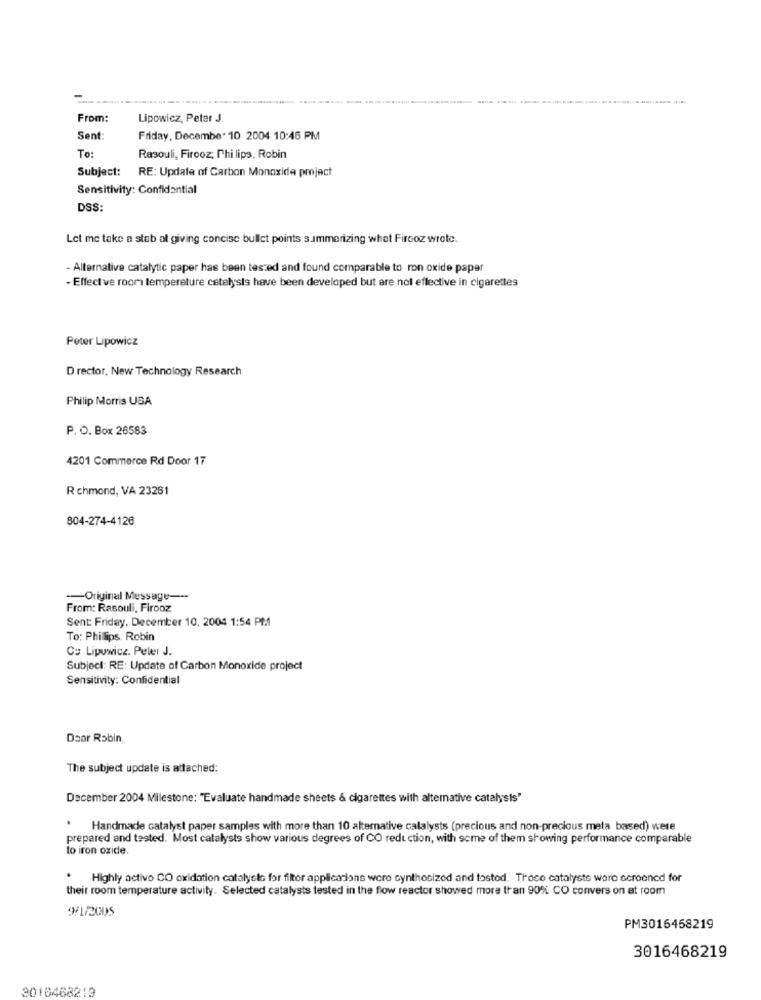
From:
Lipowicz, Peter J.
Sent:
Friday, December 10 2004 10:46 PM
To:
Rasouli, Firooz, Phi lips, Robin
Subject:
RE: Update of Carbon Monoxide project
Sensitivity: Confidential
DSS
Let me take a stab at giving concise bullet points summarizing what Fireoz wrote.
- Alternative catalytic paper has been tested and found comparable to ron oxide paper
- Effect ve room temperature catalysts have been developed but are nol effective in cigarettes
Peter Lipowicz
D rector, New Technology Research
Philip Morris USA
P. O. Box 26583
4201 Commerce Rd Door 17
R chmond, VA 23261
804-274-4126
-Original Message ---
From: Rasouli, Firooz
Sent: Friday, December 10, 2004 1:54 PM
To: Phillips, Robin
Co Lipowicz. Peler J.
Subject: RE: Update of Carbon Monoxide project
Sensitivity: Confidential
Daar Robin,
The subject update is attached:
December 2004 Milestone: "Evaluate handmade sheets & cigarettes with alternative catalysis"
* Handmade catalyst paper samples with more than 10 alternative calalysts (precious and non-precious meta based) were
prepared and tested. Most catalysts show various degrees of CO reduction, with some of them showing performance comparable
to iron oxide.
.
Highly activo CO oxidation catalycio for filtor applications were synthesized and tostod. Troco catalyste were ocrooned for
their room temperature activity. Selected catalysts tested in the flow reactor showed more than 90% CO convers on at room
9/1/2005
PM3016458219
3016468219
2016468219